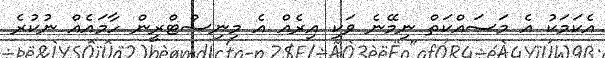
އެކަމަކު އެ މަސައްކަތް ނިމޭނެ ވަކި އިރެއް އެ މިނިސްޓްރީން ހާމައެއް ނުކުރެ